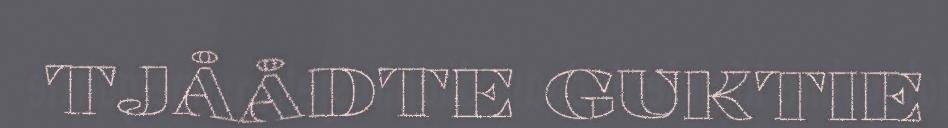
TJÅÅDTE GUKTIE